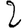
Digit: 2